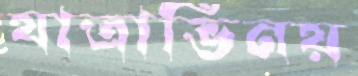
যাত্রাভিনয়